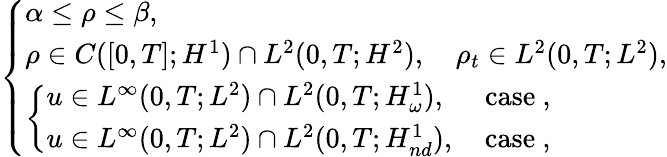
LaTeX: \left\{ \begin{array}{ll}{\alpha\leq\rho\leq\beta,}\\ {\rho\in C([0,T];H^{1})\cap L^{2}(0,T;H^{2}),\quad\rho_{t}\in L^{2}(0,T;L^{2}),}\\ {\left\{ \begin{array}{ll}{u\in L^{\infty}(0,T;L^{2})\cap L^{2}(0,T;H_{\omega}^{1}),\quad\, \, \mathrm{case~},}\\ {u\in L^{\infty}(0,T;L^{2})\cap L^{2}(0,T;H_{nd}^{1}),\quad\mathrm{case~},}\end{array}\right.}\end{array}\right.